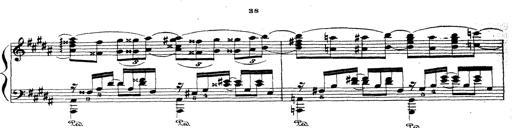
Title: Wagner-Liszt Album
Composer: Franz Liszt